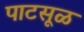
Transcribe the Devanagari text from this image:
पाटसूळ